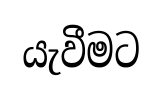
යැවීමට